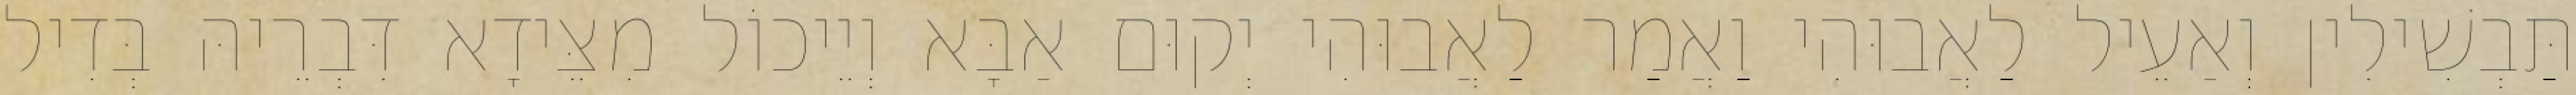
תַּבְשִׁילִין וְאַעֵיל לַאֲבוּהִי וַאֲמַר לַאֲבוּהִי יְקוּם אַבָּא וְיֵיכוֹל מִצֵּידָא דִּבְרֵיהּ בְּדִיל